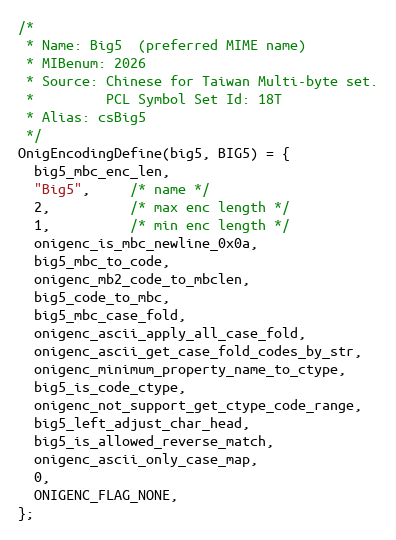
Language: C
/*
 * Name: Big5  (preferred MIME name)
 * MIBenum: 2026
 * Source: Chinese for Taiwan Multi-byte set.
 *         PCL Symbol Set Id: 18T
 * Alias: csBig5
 */
OnigEncodingDefine(big5, BIG5) = {
  big5_mbc_enc_len,
  "Big5",     /* name */
  2,          /* max enc length */
  1,          /* min enc length */
  onigenc_is_mbc_newline_0x0a,
  big5_mbc_to_code,
  onigenc_mb2_code_to_mbclen,
  big5_code_to_mbc,
  big5_mbc_case_fold,
  onigenc_ascii_apply_all_case_fold,
  onigenc_ascii_get_case_fold_codes_by_str,
  onigenc_minimum_property_name_to_ctype,
  big5_is_code_ctype,
  onigenc_not_support_get_ctype_code_range,
  big5_left_adjust_char_head,
  big5_is_allowed_reverse_match,
  onigenc_ascii_only_case_map,
  0,
  ONIGENC_FLAG_NONE,
};